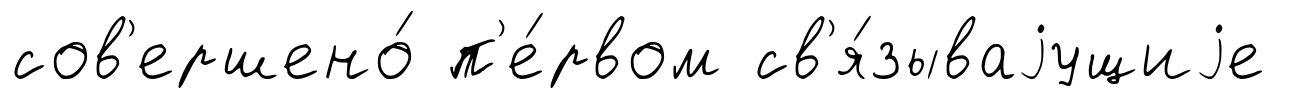
сов'ершено́ п'е́рвом св'я́зываjущиjе